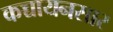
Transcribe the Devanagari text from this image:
कच्चायनसार